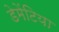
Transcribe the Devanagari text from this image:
डेमेंटिया